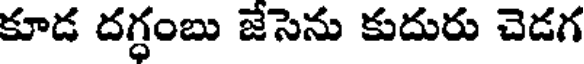
కూడ దగ్ధంబు జేసెను కుదురు చెడగ